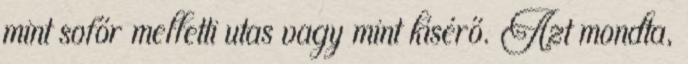
mint sofőr melletti utas vagy mint kísérő. Azt mondta,